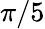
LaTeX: \pi/5